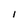
Character: I